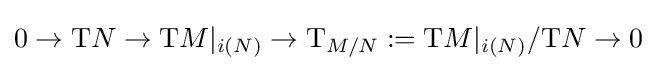
0\to \mathrm {T} N\to \mathrm {T} M\vert _{i(N)}\to \mathrm {T} _{M/N}:=\mathrm {T} M\vert _{i(N)}/\mathrm {T} N\to 0